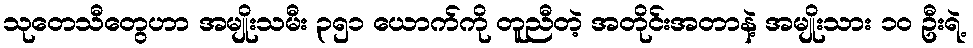
သုတေသီတွေဟာ အမျိုးသမီး ၃၅၁ ယောက်ကို တူညီတဲ့ အတိုင်းအတာနဲ့ အမျိုးသား ၁၀ ဦးရဲ့